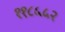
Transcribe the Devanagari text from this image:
११८५५२